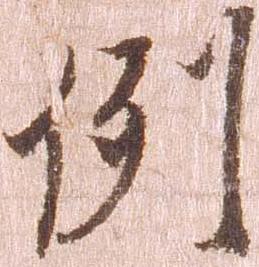
例